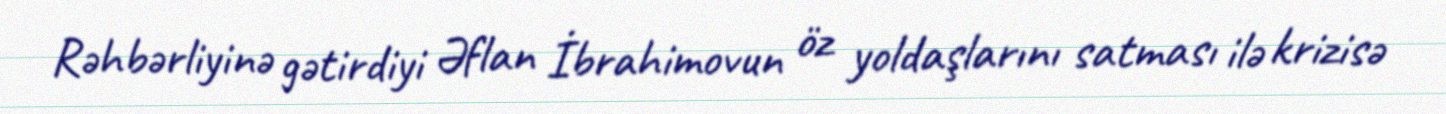
Rəhbərliyinə gətirdiyi Əflan İbrahimovun öz yoldaşlarını satması ilə krizisə